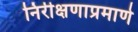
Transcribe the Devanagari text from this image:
निरीक्षणाप्रमाणे